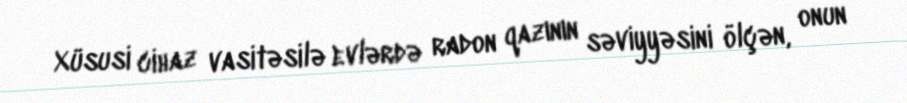
Xüsusi cihaz vasitəsilə evlərdə radon qazının səviyyəsini ölçən, onun